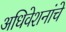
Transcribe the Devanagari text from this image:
अधिवेशनांचे